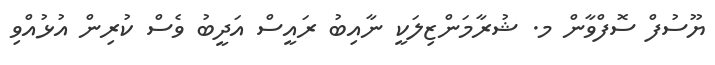
ޔޫސުފް ސޮފްވާން މ. ޝުރާމަންޒިލަކީ ނާއިބު ރައީސް އަދީބު ވެސް ކުރިން އުޅުއްވި